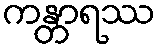
ကန္တာရဿ